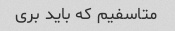
متاسفیم که باید بری